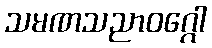
သမဏသညာဝဂ္ဂေါ